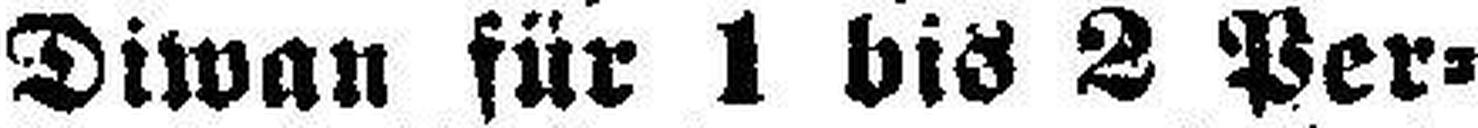
Diwan für 1 bis 2 Per¬